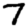
Digit: 7